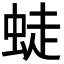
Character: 𧋨